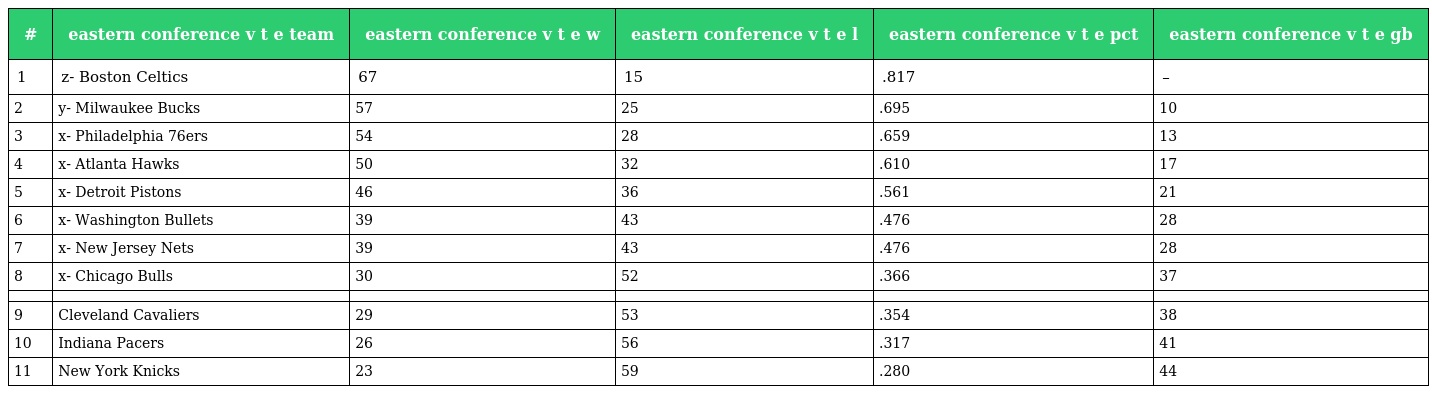
| # | eastern conference v t e team | eastern conference v t e w | eastern conference v t e l | eastern conference v t e pct | eastern conference v t e gb |
 | --- | --- | --- | --- | --- | --- |
 | 1 | z- Boston Celtics | 67 | 15 | .817 | – |
 | 2 | y- Milwaukee Bucks | 57 | 25 | .695 | 10 |
 | 3 | x- Philadelphia 76ers | 54 | 28 | .659 | 13 |
 | 4 | x- Atlanta Hawks | 50 | 32 | .610 | 17 |
 | 5 | x- Detroit Pistons | 46 | 36 | .561 | 21 |
 | 6 | x- Washington Bullets | 39 | 43 | .476 | 28 |
 | 7 | x- New Jersey Nets | 39 | 43 | .476 | 28 |
 | 8 | x- Chicago Bulls | 30 | 52 | .366 | 37 |
 |  |  |  |  |  |  |
 | 9 | Cleveland Cavaliers | 29 | 53 | .354 | 38 |
 | 10 | Indiana Pacers | 26 | 56 | .317 | 41 |
 | 11 | New York Knicks | 23 | 59 | .280 | 44 |